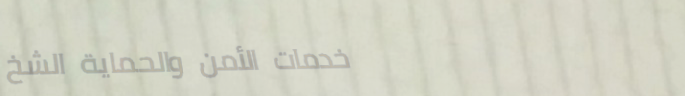
خدمات الأمن والحماية الشخ